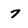
Character: 7